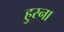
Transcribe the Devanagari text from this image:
हुस्ना